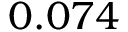
0 . 0 7 4